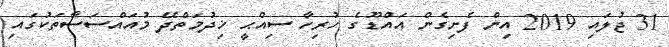
31 ޖުލައި 2019 އިން ފެށިގެން އައްޑޫގެ ހުރިހާ ސިއްޙީ ޚިދުމަތްދޭ މުއައްސަސާތަކުގައި